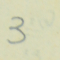
3